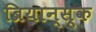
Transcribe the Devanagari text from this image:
ब्रियान्स्क